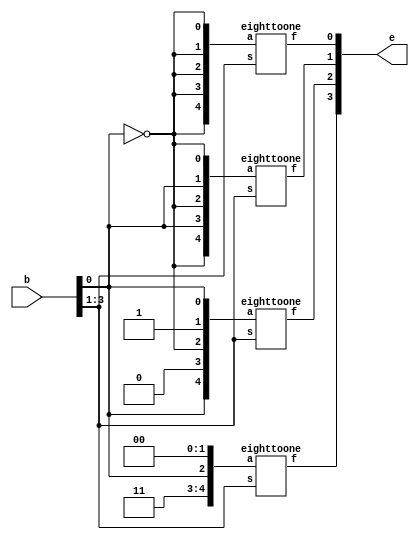
module main(b,e);
	input [3:0] b;
	output [3:0] e;
	eighttoone stage0({1'b1,1'b1,b[0],1'b0,1'b0},b[3:1],e[3]);
	eighttoone stage1({b[0],1'b0,~b[0],1'b1,b[0]},b[3:1],e[2]);
	eighttoone stage2({~b[0],b[0],~b[0],b[0],~b[0]},b[3:1],e[1]);
	eighttoone stage3({~b[0],~b[0],~b[0],~b[0],~b[0]},b[3:1],e[0]);
endmodule

module eighttoone(a,s,f);
	input [4:0]a;
	input [2:0] s;
	output f;
	reg f;
	always@(s,a)
	begin
		casex(s)
			0: f =a[0];
			1: f =a[1];
			2: f =a[2];
			3: f =a[3];
			4: f =a[4];
			5: f = 1'bx;
			6: f = 1'bx;
			7: f = 1'bx;
		endcase
	end
endmodule